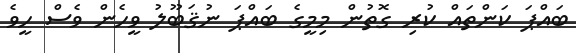
ބައްޕަ ކަންތައް ކުރި ގޮތުން މިމީގެ ބައްޕަ ނުޤަބޫލު ވީހެން ވެސް ހީވެ